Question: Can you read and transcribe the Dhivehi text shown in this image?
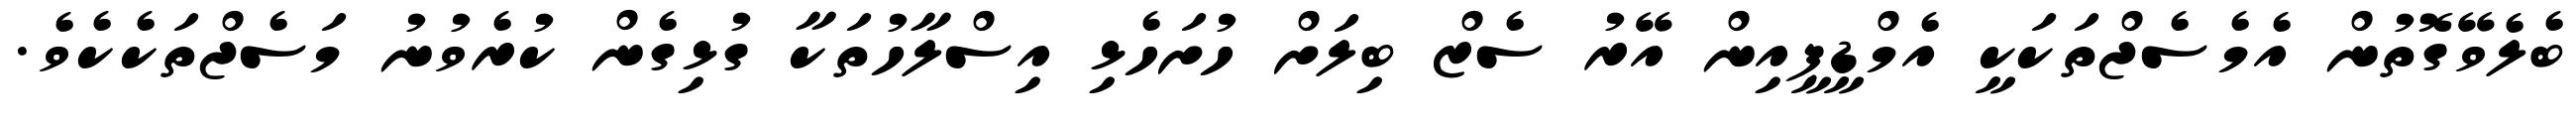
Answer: ބެލެވޭގޮތުން އެމެސެޖްތަކަކީ އެމްޑީޕީއިން އޭރު ސެޒް ބިލަށް ހުށަހެޅި އިސްލާހުތަކާ ގުޅިގެން ކުރެވުނު މަސެޖްތަކެކެވެ.